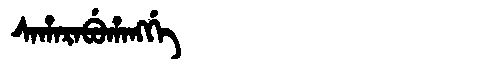
Manchu: ᠰᠠᡥᠠᡵᠠᠪᡠᡥᠠᠩᡤᡝ
Romanization: SAHARABUHANGGE